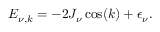
E _ { \nu , k } = - 2 J _ { \nu } \cos ( k ) + \epsilon _ { \nu } .